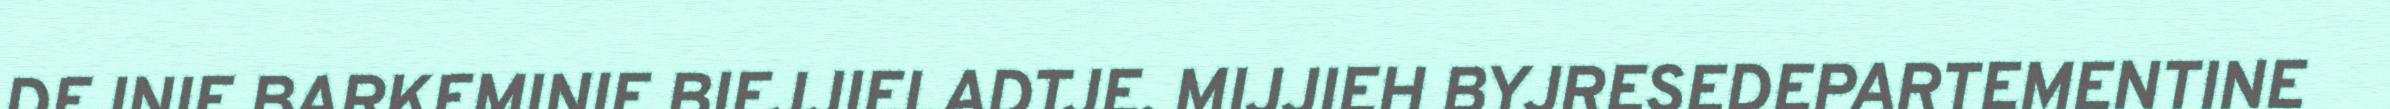
DEJNIE BARKEMINIE BIEJJIELADTJE. MIJJIEH BYJRESEDEPARTEMENTINE